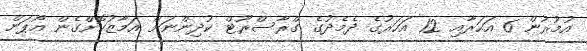
އުމުރުން 6 އަހަރާއި 12 އަހަރުގެ ދެމެދުގެ ގްރާސްރޫޓް ކުދިންނަށް އަމާޒުކޮށްގެން އޯޕަން